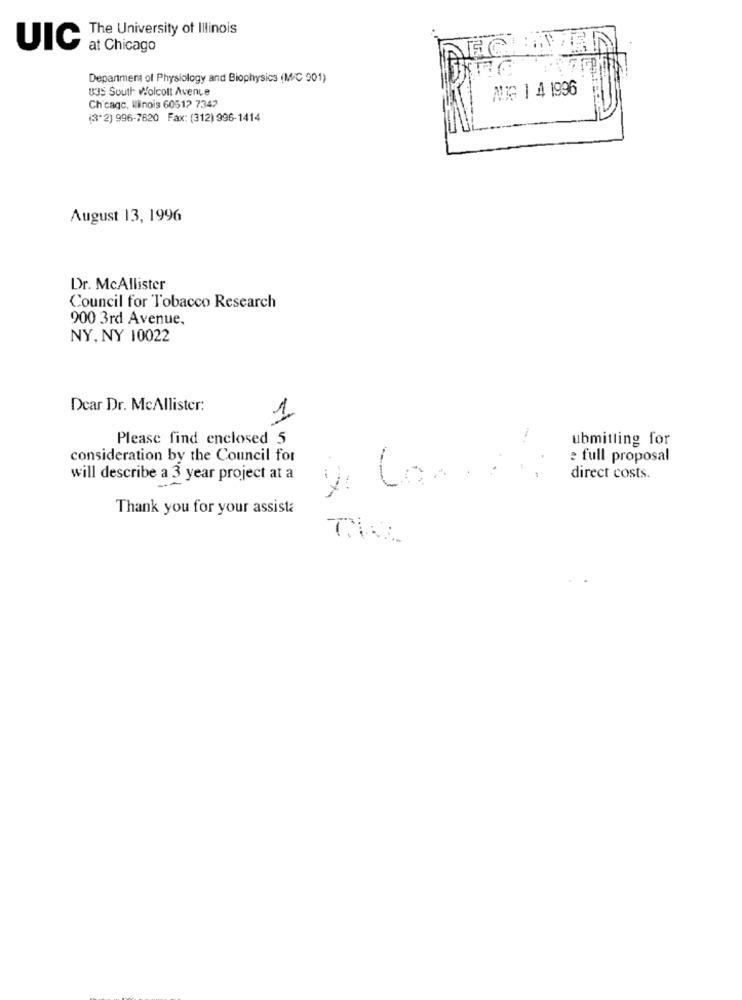
The University of Illinois
UIC
at Chicago
Department of Physiology and Biophysics (M/C 901)
BJS South wolcott Avenue
AIG 1 4 1996
Ch'cage, Winois 60512 7342
(3"2) 996-7620 Fax: (312) 996-1414
August 13, 1996
Dr. McAllister
Council for Tobacco Research
900 3rd Avenue,
NY. NY 10022
Dear Dr. McAllister:
1
Please find enclosed 5
ubmitling for
consideration by the Council for
e full proposal
will describe a 3 year project at a
direct costs.
-
Thank you for your assista